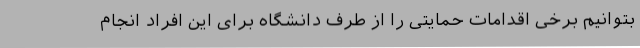
بتوانیم برخی اقدامات حمایتی را از طرف دانشگاه برای این افراد انجام